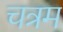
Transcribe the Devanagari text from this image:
चत्रम